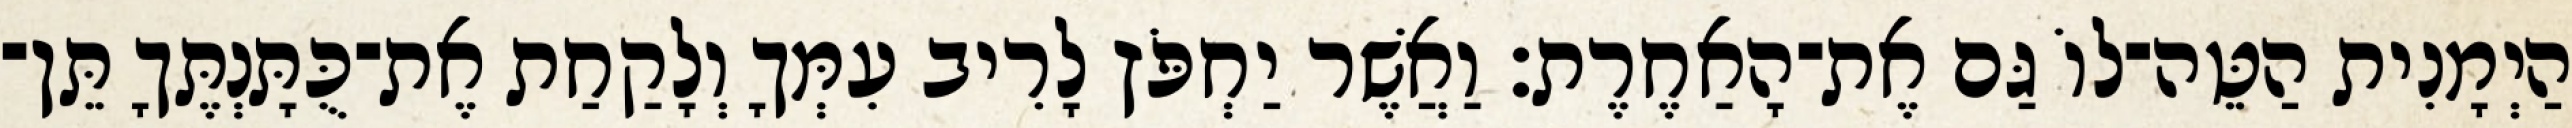
הַיְמָנִית הַטֵּה־לוֹ גַּם אֶת־הָאַחֶרֶת׃ וַאֲשֶׁר יַחְפֹּץ לָרִיב עִמְּךָ וְלָקַחַת אֶת־כֻּתָּנְתֶּךָ תֵּן־